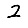
Digit: 2